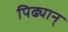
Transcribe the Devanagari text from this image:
पिढ्यान्‌